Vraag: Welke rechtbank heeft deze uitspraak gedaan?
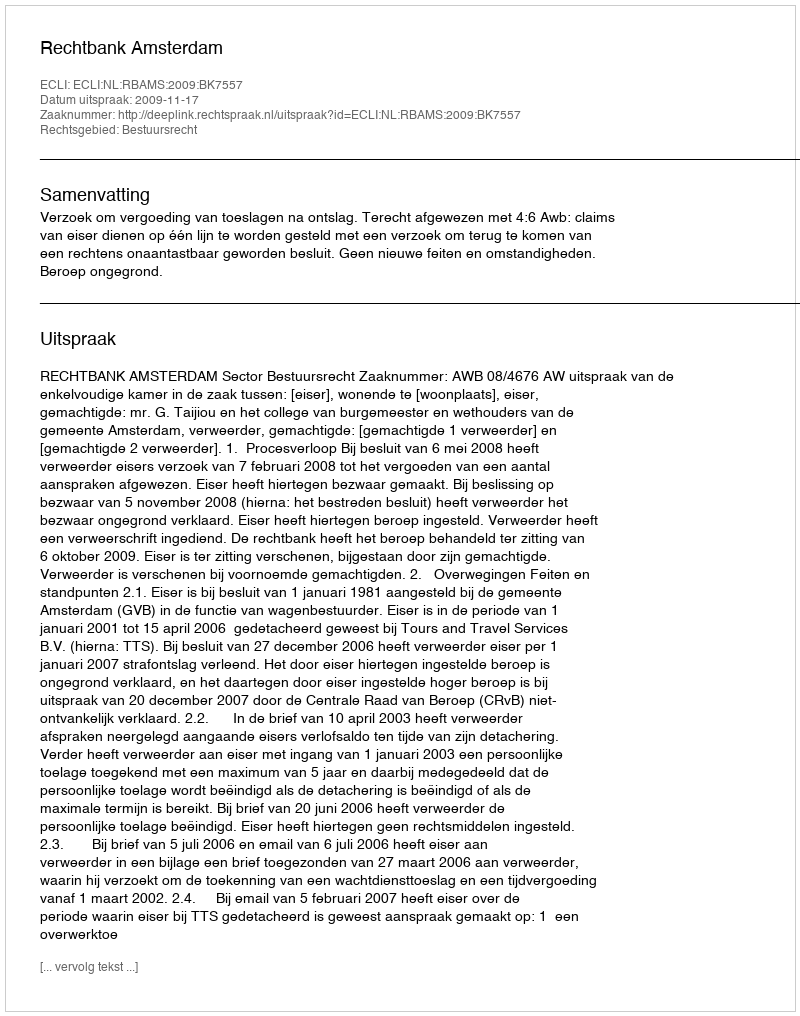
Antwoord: Rechtbank Amsterdam